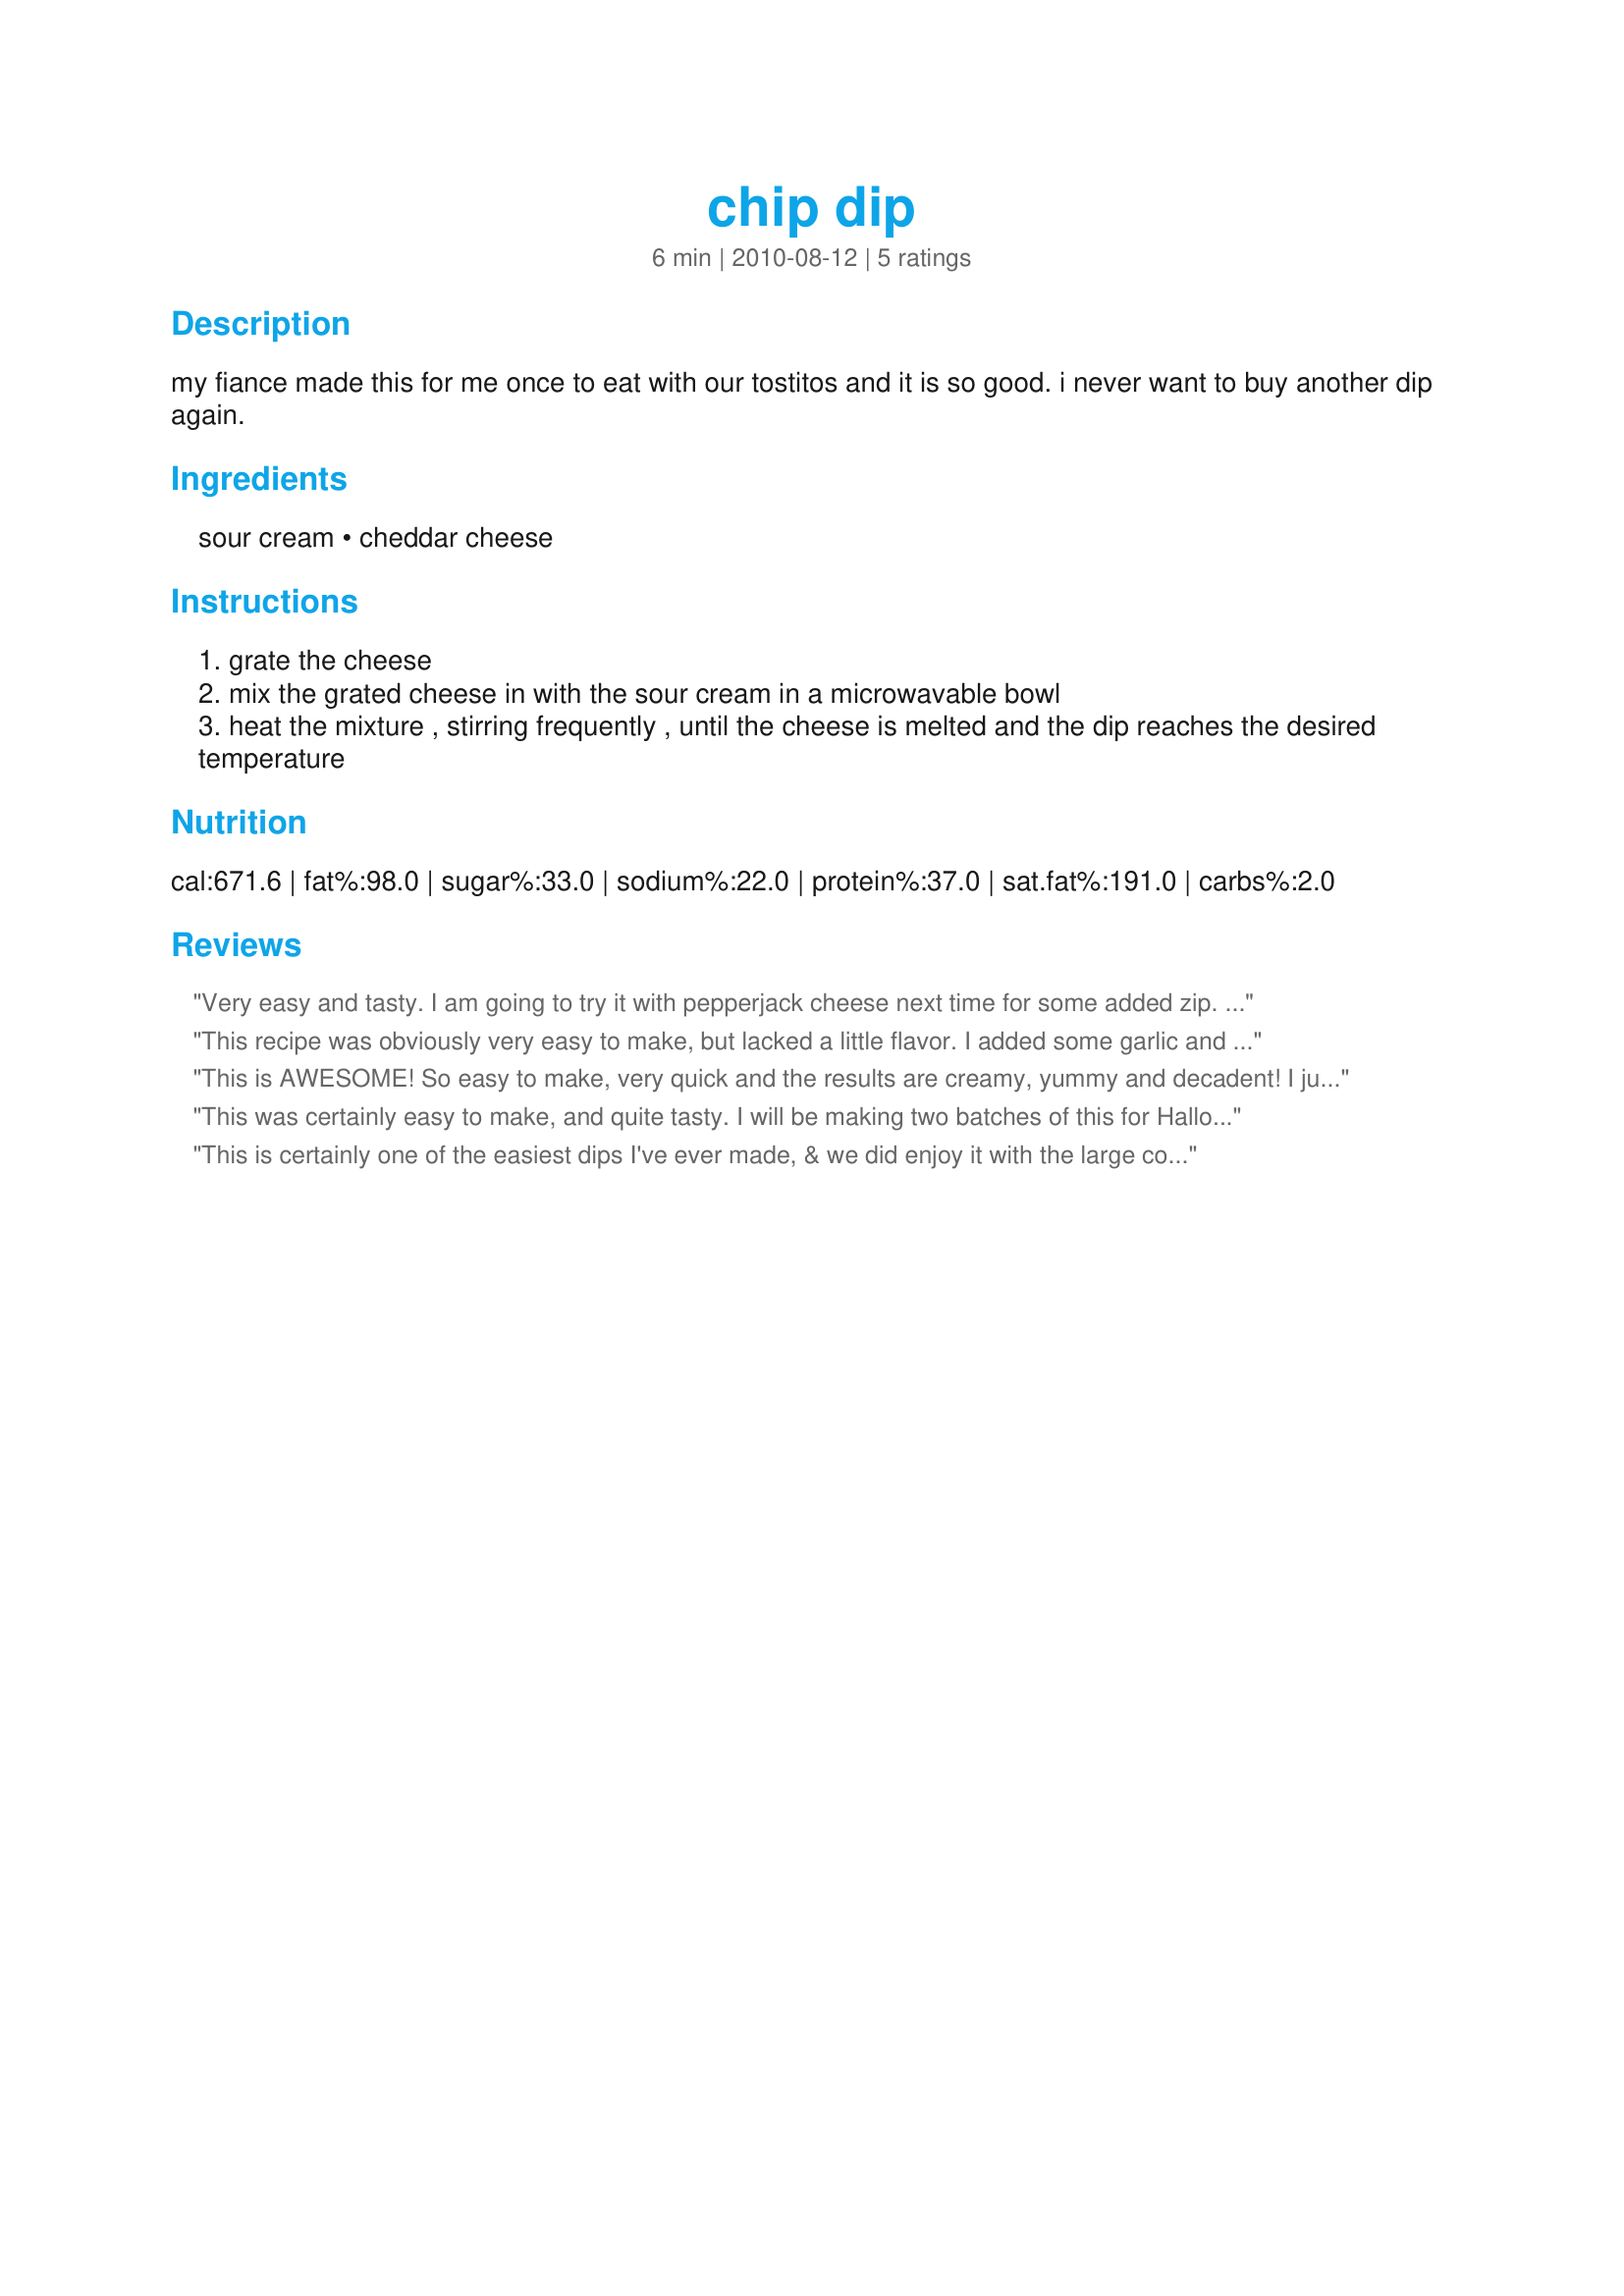
chip dip
Preparation time: 6 minutes

my fiance made this for me once to eat with our tostitos and it is so good. i never want to buy another dip again.

Ingredients:
sour cream, cheddar cheese

Steps:
grate the cheese
mix the grated cheese in with the sour cream in a microwavable bowl
heat the mixture , stirring frequently , until the cheese is melted and the dip reaches the desired temperature

Reviews:
Very easy and tasty. I am going to try it with pepperjack cheese next time for some added zip. Made for Fall 2012 PAC game.
This recipe was obviously very easy to make, but lacked a little flavor. I added some garlic and that gave a little jazz. It's a great base and would be easy to add whatever seasonings the cook prefers. I give it 4 stars because it's a great start for a dip and very easy to add on to.
This is AWESOME! So easy to make, very quick and the results are creamy, yummy and decadent! I just LOVE this recipe and will make it often for sure. I added some chilli powder on top and used a mix of different hearty cheeses. THANK YOU SO MUCH for the post!<br/>Made and reviewed for the Pick A Chef Event Fall 2011.
This was certainly easy to make, and quite tasty. I will be making two batches of this for Halloween, one as is, and another with whatever tickles my fancy that day (and have on hand) as it will make an excellent base. Made for PAC 10/2011 :)
This is certainly one of the easiest dips I've ever made, & we did enjoy it with the large corn scoops! I did have a small amount of diced sweet onion in the fridge, so sprinkled that over the top of half of the dip, & I really liked that, although my other half preferred the original recipe! Thanks for sharing it! [Made & reviewed for one of my adopted chefs in this Spring's Pick A Chef event]
